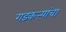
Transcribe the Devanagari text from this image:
गडकऱ्यांचा